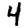
Digit: 4